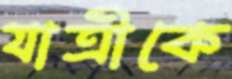
যাত্রীকে